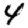
Digit: 4